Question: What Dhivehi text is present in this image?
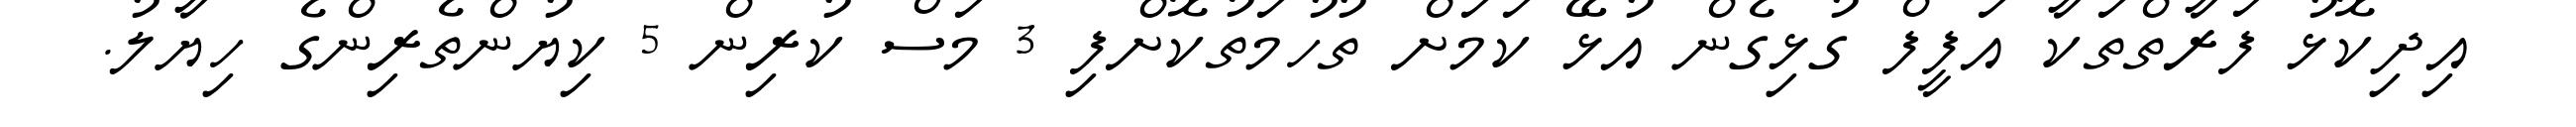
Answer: އިދިކޮޅު ފަރާތްތަކާ އަފީފް ގުޅިގެން އުޅޭ ކަމަށް ތުހުމަތުކޮށްފި 3 މަސް ކުރިން 5 ކިޔުންތެރިންގެ ހިޔާލު.